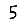
Digit: 5